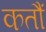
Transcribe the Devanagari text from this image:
कतौं